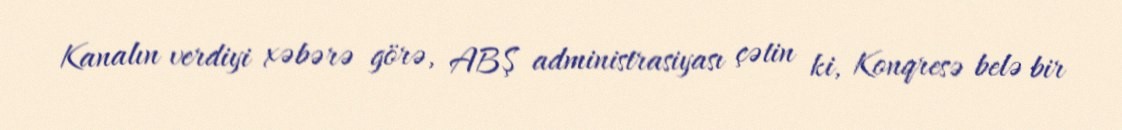
Kanalın verdiyi xəbərə görə, ABŞ administrasiyası çətin ki, Konqresə belə bir